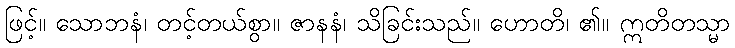
ဖြင့်။ သောဘနံ၊ တင့်တယ်စွာ။ ဇာနနံ၊ သိခြင်းသည်။ ဟောတိ၊ ၏။ ဣတိတသ္မာ